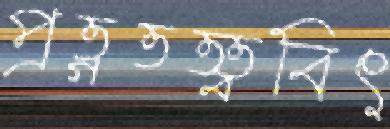
প্রত্নতত্ত্ববিৎ